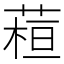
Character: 𦶙